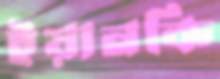
ইয়ানকি